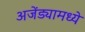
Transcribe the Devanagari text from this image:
अजेंड्यामध्ये